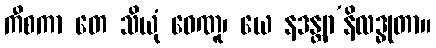
ကီစကာ တေ သိယုံ ဝေဏူ၊ ယေ နဒန္တျာ’နိလဒ္ဓုတာ။